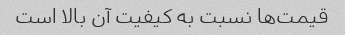
قیمت‌ها نسبت به کیفیت آن بالا است